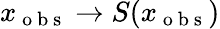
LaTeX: x_{\mathrm{~o~b~s~}}\to S(x_{\mathrm{~o~b~s~}})